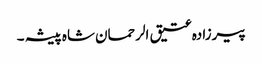
پیرزادہ عتیق الرحمان شاہ پیشہ ۔